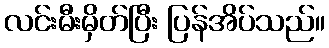
လင်းမီးမှိတ်ပြီး ပြန်အိပ်သည်။